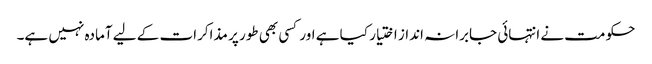
حکومت نے انتہائی جابرانہ انداز اختیار کیا ہے اور کسی بھی طور پر مذاکرات کے لیے آمادہ نہیں ہے۔